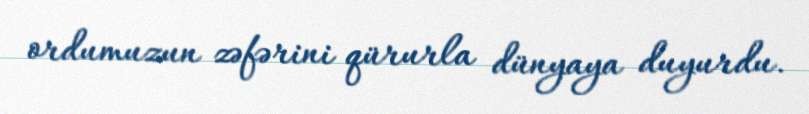
ordumuzun zəfərini qürurla dünyaya duyurdu.